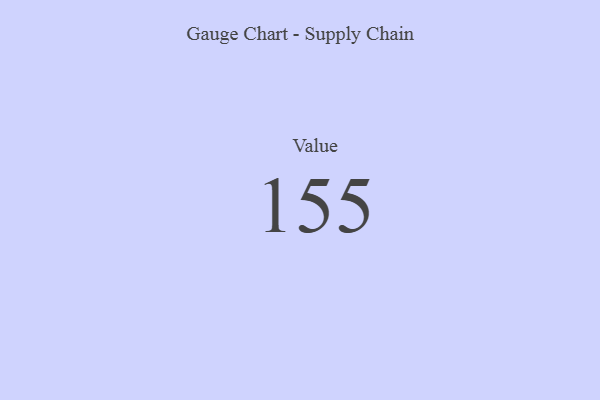
{"axis": {"x": "Metric", "y": "Value"}, "legend": [""], "data": [{"x": "Value", "y": 155, "type": ""}]}